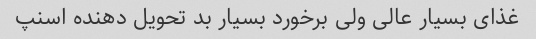
غذای بسیار عالی ولی برخورد بسیار بد تحویل دهنده اسنپ